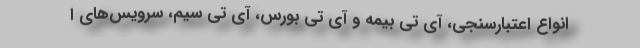
انواع اعتبارسنجی، آی تی بیمه و آی تی بورس، آی تی سیم، سرویس‌های ا